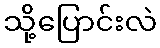
သို့ပြောင်းလဲ